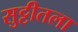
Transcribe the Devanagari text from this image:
सुट्टीतला